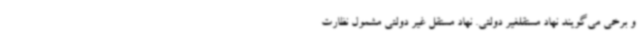
و برخی می‌گویند نهاد مستقلغیر دولتی. نهاد مستقل غیر دولتی مشمول نظارت